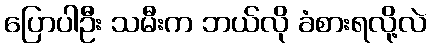
ပြောပါဦး သမီးက ဘယ်လို ခံစားရလို့လဲ